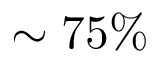
\sim 7 5 \%